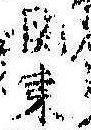
関東